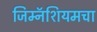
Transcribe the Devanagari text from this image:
जिम्नॅशियमचा